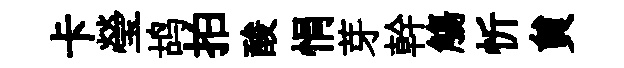
卡瑩鸪拍酸悁芽幹觴忻貟